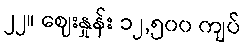
၂၂။ ဈေးနှုန်း ၁၂,၅၀၀ ကျပ်